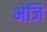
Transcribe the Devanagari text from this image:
भेजि